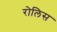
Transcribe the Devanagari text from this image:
रोलिस